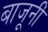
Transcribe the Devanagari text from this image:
बाजूनीं